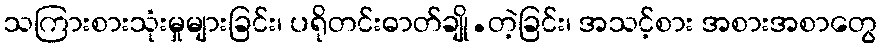
သကြားစားသုံးမှုများခြင်း၊ ပရိုတင်းဓာတ်ချို.တဲ့ခြင်း၊ အသင့်စား အစားအစာတွေ